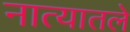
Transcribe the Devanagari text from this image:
नात्यातले